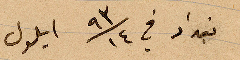
بغداد في ١٤\٩٣ أيلول